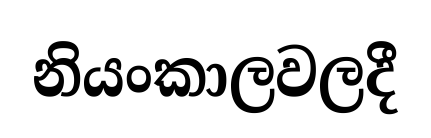
නියංකාලවලදී